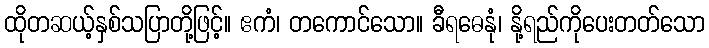
ထိုတဆယ့်နှစ်သပြာတို့ဖြင့်။ ဧကံ၊ တကောင်သော။ ခီရဓေနုံ၊ နို့ရည်ကိုပေးတတ်သော